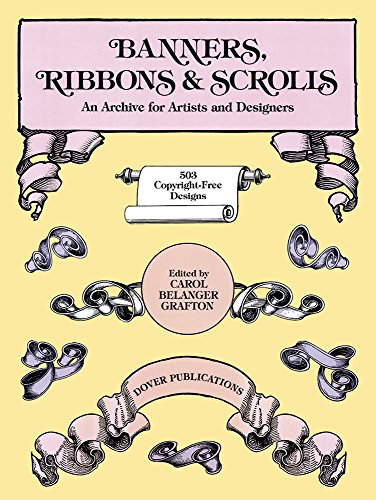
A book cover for Banners, Ribbons and Scrolls (Dover Pictorial Archive); Carol Belanger Grafton; Arts & Photography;